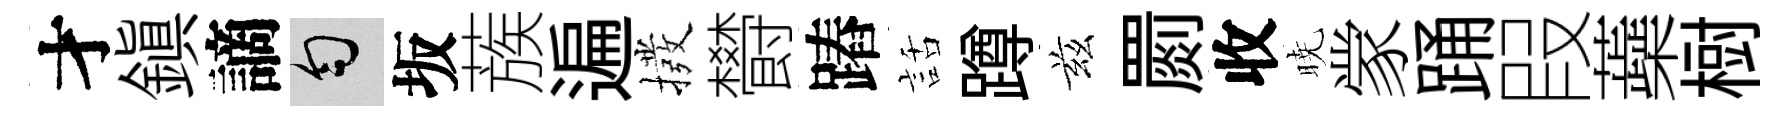
才鎭謫匀坂蔟遍撥欎蹖話蹲兹罽收暁䝉踊叚蘃𣗳